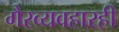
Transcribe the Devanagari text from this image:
गैरव्यवहारही